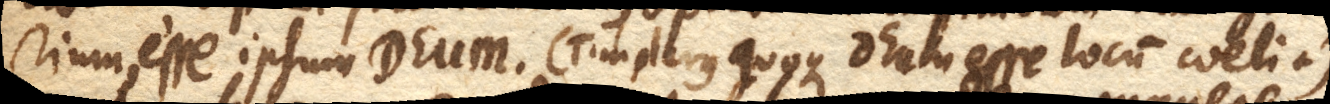
rium, esse ipsum DEUM, (+ Timplerus quoque DEUM esse locum coeli +)